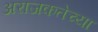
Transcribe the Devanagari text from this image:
अराजकतेच्या